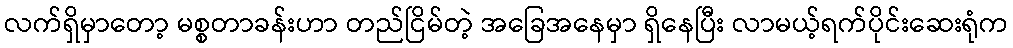
လက်ရှိမှာတော့ မစ္စတာခန်းဟာ တည်ငြိမ်တဲ့ အခြေအနေမှာ ရှိနေပြီး လာမယ့်ရက်ပိုင်းဆေးရုံက